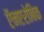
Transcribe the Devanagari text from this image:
ऍनएरोबिक